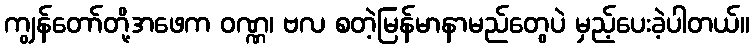
ကျွန်တော်တို့အဖေက ဝဏ္ဏ၊ ဗလ စတဲ့မြန်မာနာမည်တွေပဲ မှည့်ပေးခဲ့ပါတယ်။